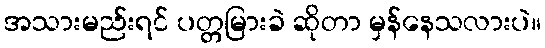
အသားမည်းရင် ပတ္တမြားခဲ ဆိုတာ မှန်နေသလားပဲ။